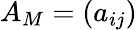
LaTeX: A_{M}=(a_{ij})